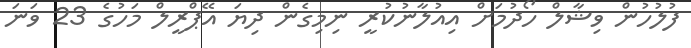
ފުލުހުން ވިޝާލް ހޯދުމަށް އިއުލާނުކުރީ ނިމިގެން ދިޔަ އޭޕްރީލް މަހުގެ 23 ވަނަ